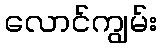
လောင်ကျွမ်း